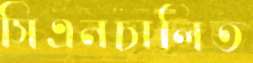
সিএনচালিত